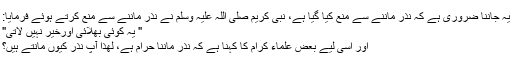
يہ جاننا ضرورى ہے كہ نذر ماننے سے منع كيا گيا ہے، نبى كريم صلى اللہ عليہ وسلم نے نذر ماننے سے منع كرتے ہوئے فرمايا:
" يہ كوئى بھلائى اورخير نہيں لاتى"
اور اسى ليے بعض علماء كرام كا كہنا ہے كہ نذر ماننا حرام ہے، لھذا آپ نذر كيوں مانتے ہيں؟